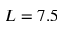
L = 7 . 5